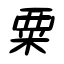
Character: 粟